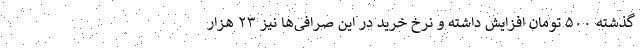
گذشته ۵۰۰ تومان افزایش داشته و نرخ خرید در این صرافی‌ها نیز ۲۳ هزار